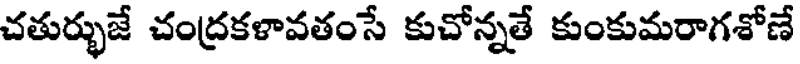
చతుర్భుజే చంద్రకళావతంసే కుచోన్నతే కుంకుమరాగశోణే